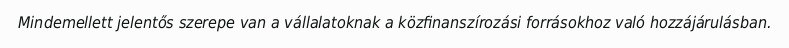
Mindemellett jelentős szerepe van a vállalatoknak a közfinanszírozási forrásokhoz való hozzájárulásban.